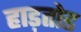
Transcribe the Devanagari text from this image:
हाड़तोड